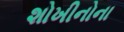
શોખીનોના